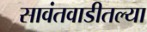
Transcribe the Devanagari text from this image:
सावंतवाडीतल्या